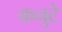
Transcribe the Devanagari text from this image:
कनुटे